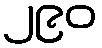
၂၉၀